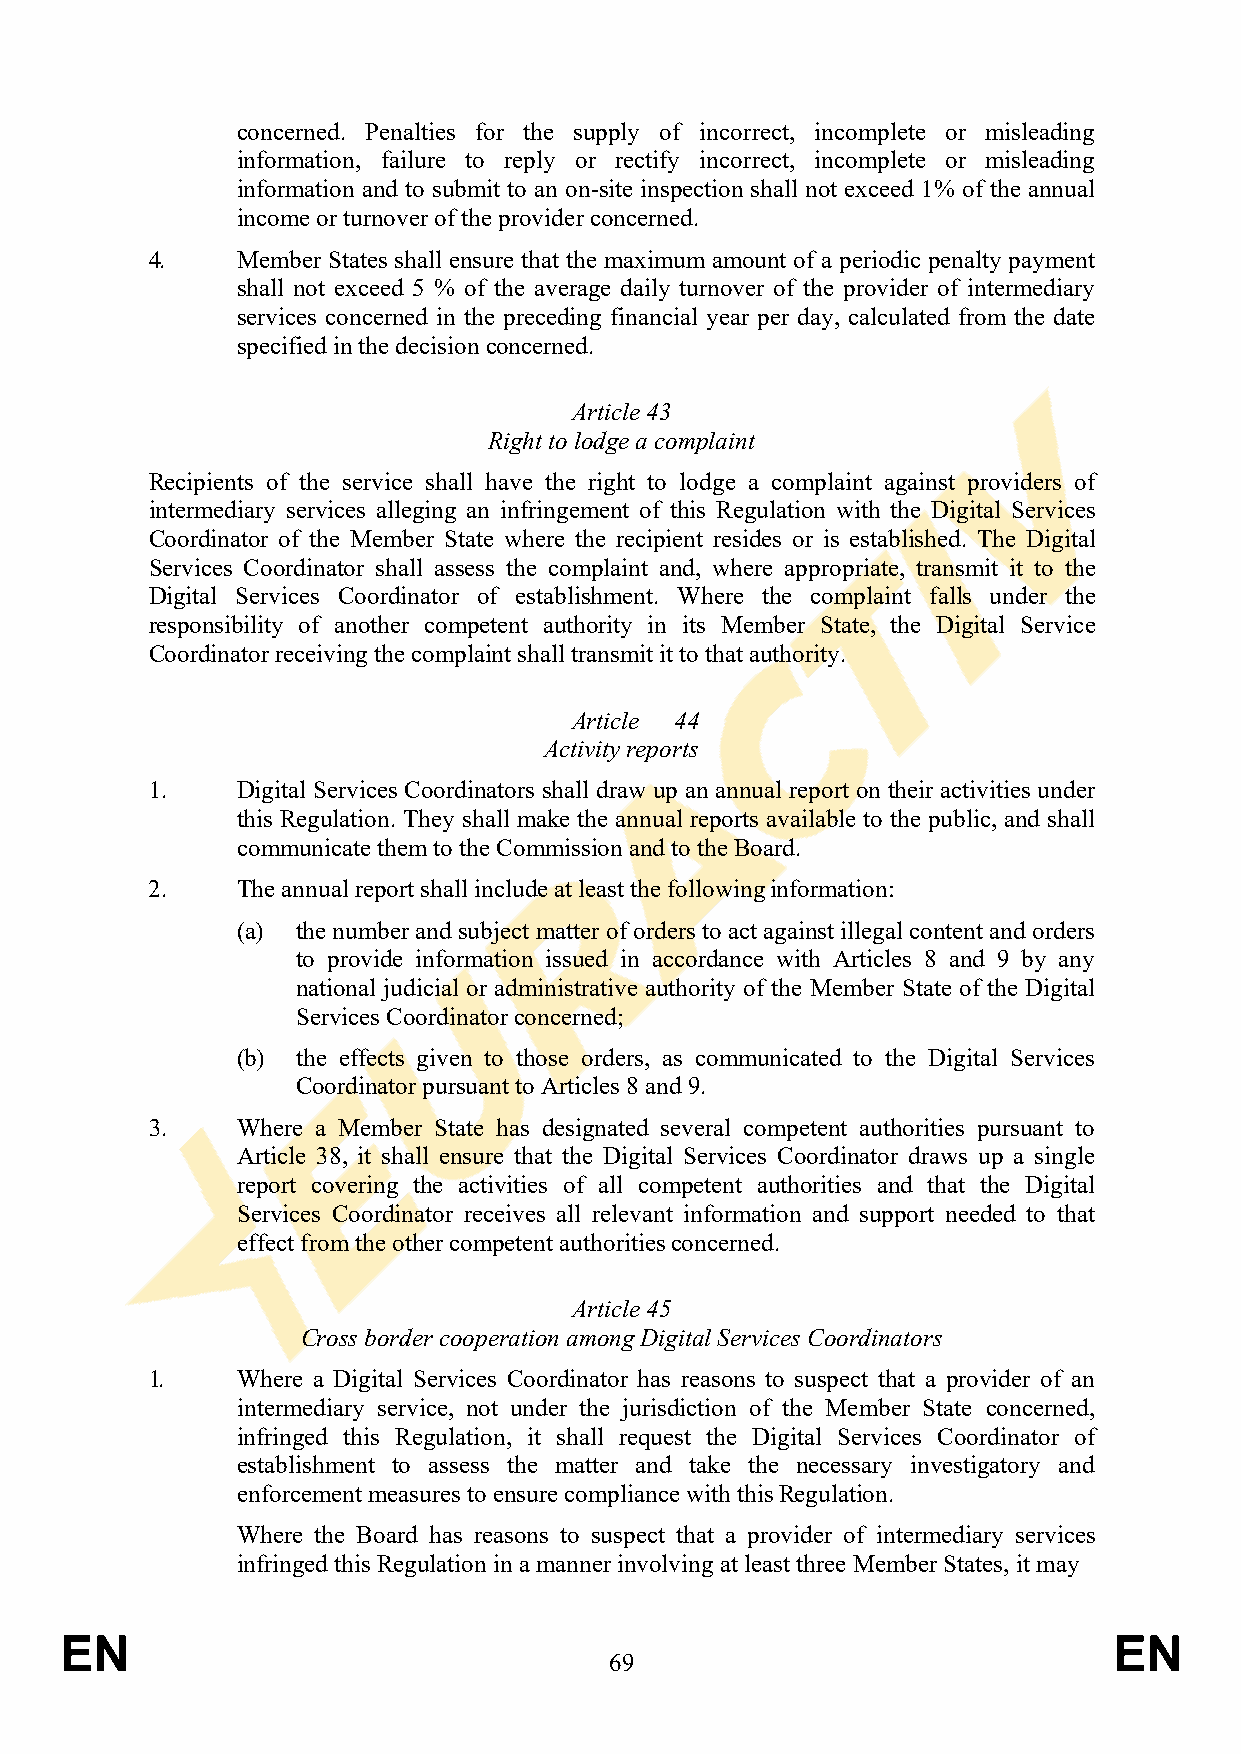
concerned. Penalties for the supply of incorrect, incomplete or misleading
 information, failure to reply or rectify incorrect, incomplete or misleading
 information and to submit to an on-site inspection shall not exceed 1% of the annual
 income or turnover of the provider concerned.
 4.    Member States shall ensure that the maximum amount of a periodic penalty payment
 shall not exceed 5 % of the average daily turnover of the provider of intermediary
 services concerned in the preceding financial year per day, calculated from the date
 specified in the decision concerned.
 Article 43
 Right to lodge a complaint
 Recipients of the service shall have the right to lodge a complaint against providers of
 intermediary services alleging an infringement of this Regulation with the Digital Services
 Coordinator of the Member State where the recipient resides or is established. The Digital
 Services Coordinator shall assess the complaint and, where appropriate, transmit it to the
 Digital Services Coordinator of establishment. Where the complaint falls under the
 responsibility of another competent authority in its Member State, the Digital Service
 Coordinator receiving the complaint shall transmit it to that authority.
 Article 44
 Activity reports
 1.    Digital Services Coordinators shall draw up an annual report on their activities under
 this Regulation. They shall make the annual reports available to the public, and shall
 communicate them to the Commission and to the Board.
 2.    The annual report shall include at least the following information:
 (a) the number and subject matter of orders to act against illegal content and orders
 to provide information issued in accordance with Articles 8 and 9 by any
 national judicial or administrative authority of the Member State of the Digital
 Services Coordinator concerned;
 (b) the effects given to those orders, as communicated to the Digital Services
 Coordinator pursuant to Articles 8 and 9.
 3.    Where a Member State has designated several competent authorities pursuant to
 Article 38, it shall ensure that the Digital Services Coordinator draws up a single
 report covering the activities of all competent authorities and that the Digital
 Services Coordinator receives all relevant information and support needed to that
 effect from the other competent authorities concerned.
 Article 45
 Cross border cooperation among Digital Services Coordinators
 1.    Where a Digital Services Coordinator has reasons to suspect that a provider of an
 intermediary service, not under the jurisdiction of the Member State concerned,
 infringed this Regulation, it shall request the Digital Services Coordinator of
 establishment to assess the matter and take the necessary investigatory and
 enforcement measures to ensure compliance with this Regulation.
 Where the Board has reasons to suspect that a provider of intermediary services
 infringed this Regulation in a manner involving at least three Member States, it may
 EN                                                                    EN
 69